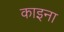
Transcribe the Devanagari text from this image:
काइना